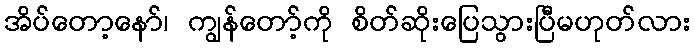
အိပ်တော့နော်၊ ကျွန်တော့်ကို စိတ်ဆိုးပြေသွားပြီမဟုတ်လား